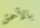
بالأحمق